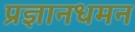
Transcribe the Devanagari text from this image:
प्रज्ञानधमन